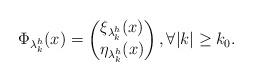
LaTeX: \begin{align*}\Phi_{\lambda^h_k}(x) = \begin{pmatrix}\xi_{\lambda^h_k}(x) \\ \eta_{\lambda^h_k}(x)\end{pmatrix}, \forall |k|\geq k_0. \end{align*}